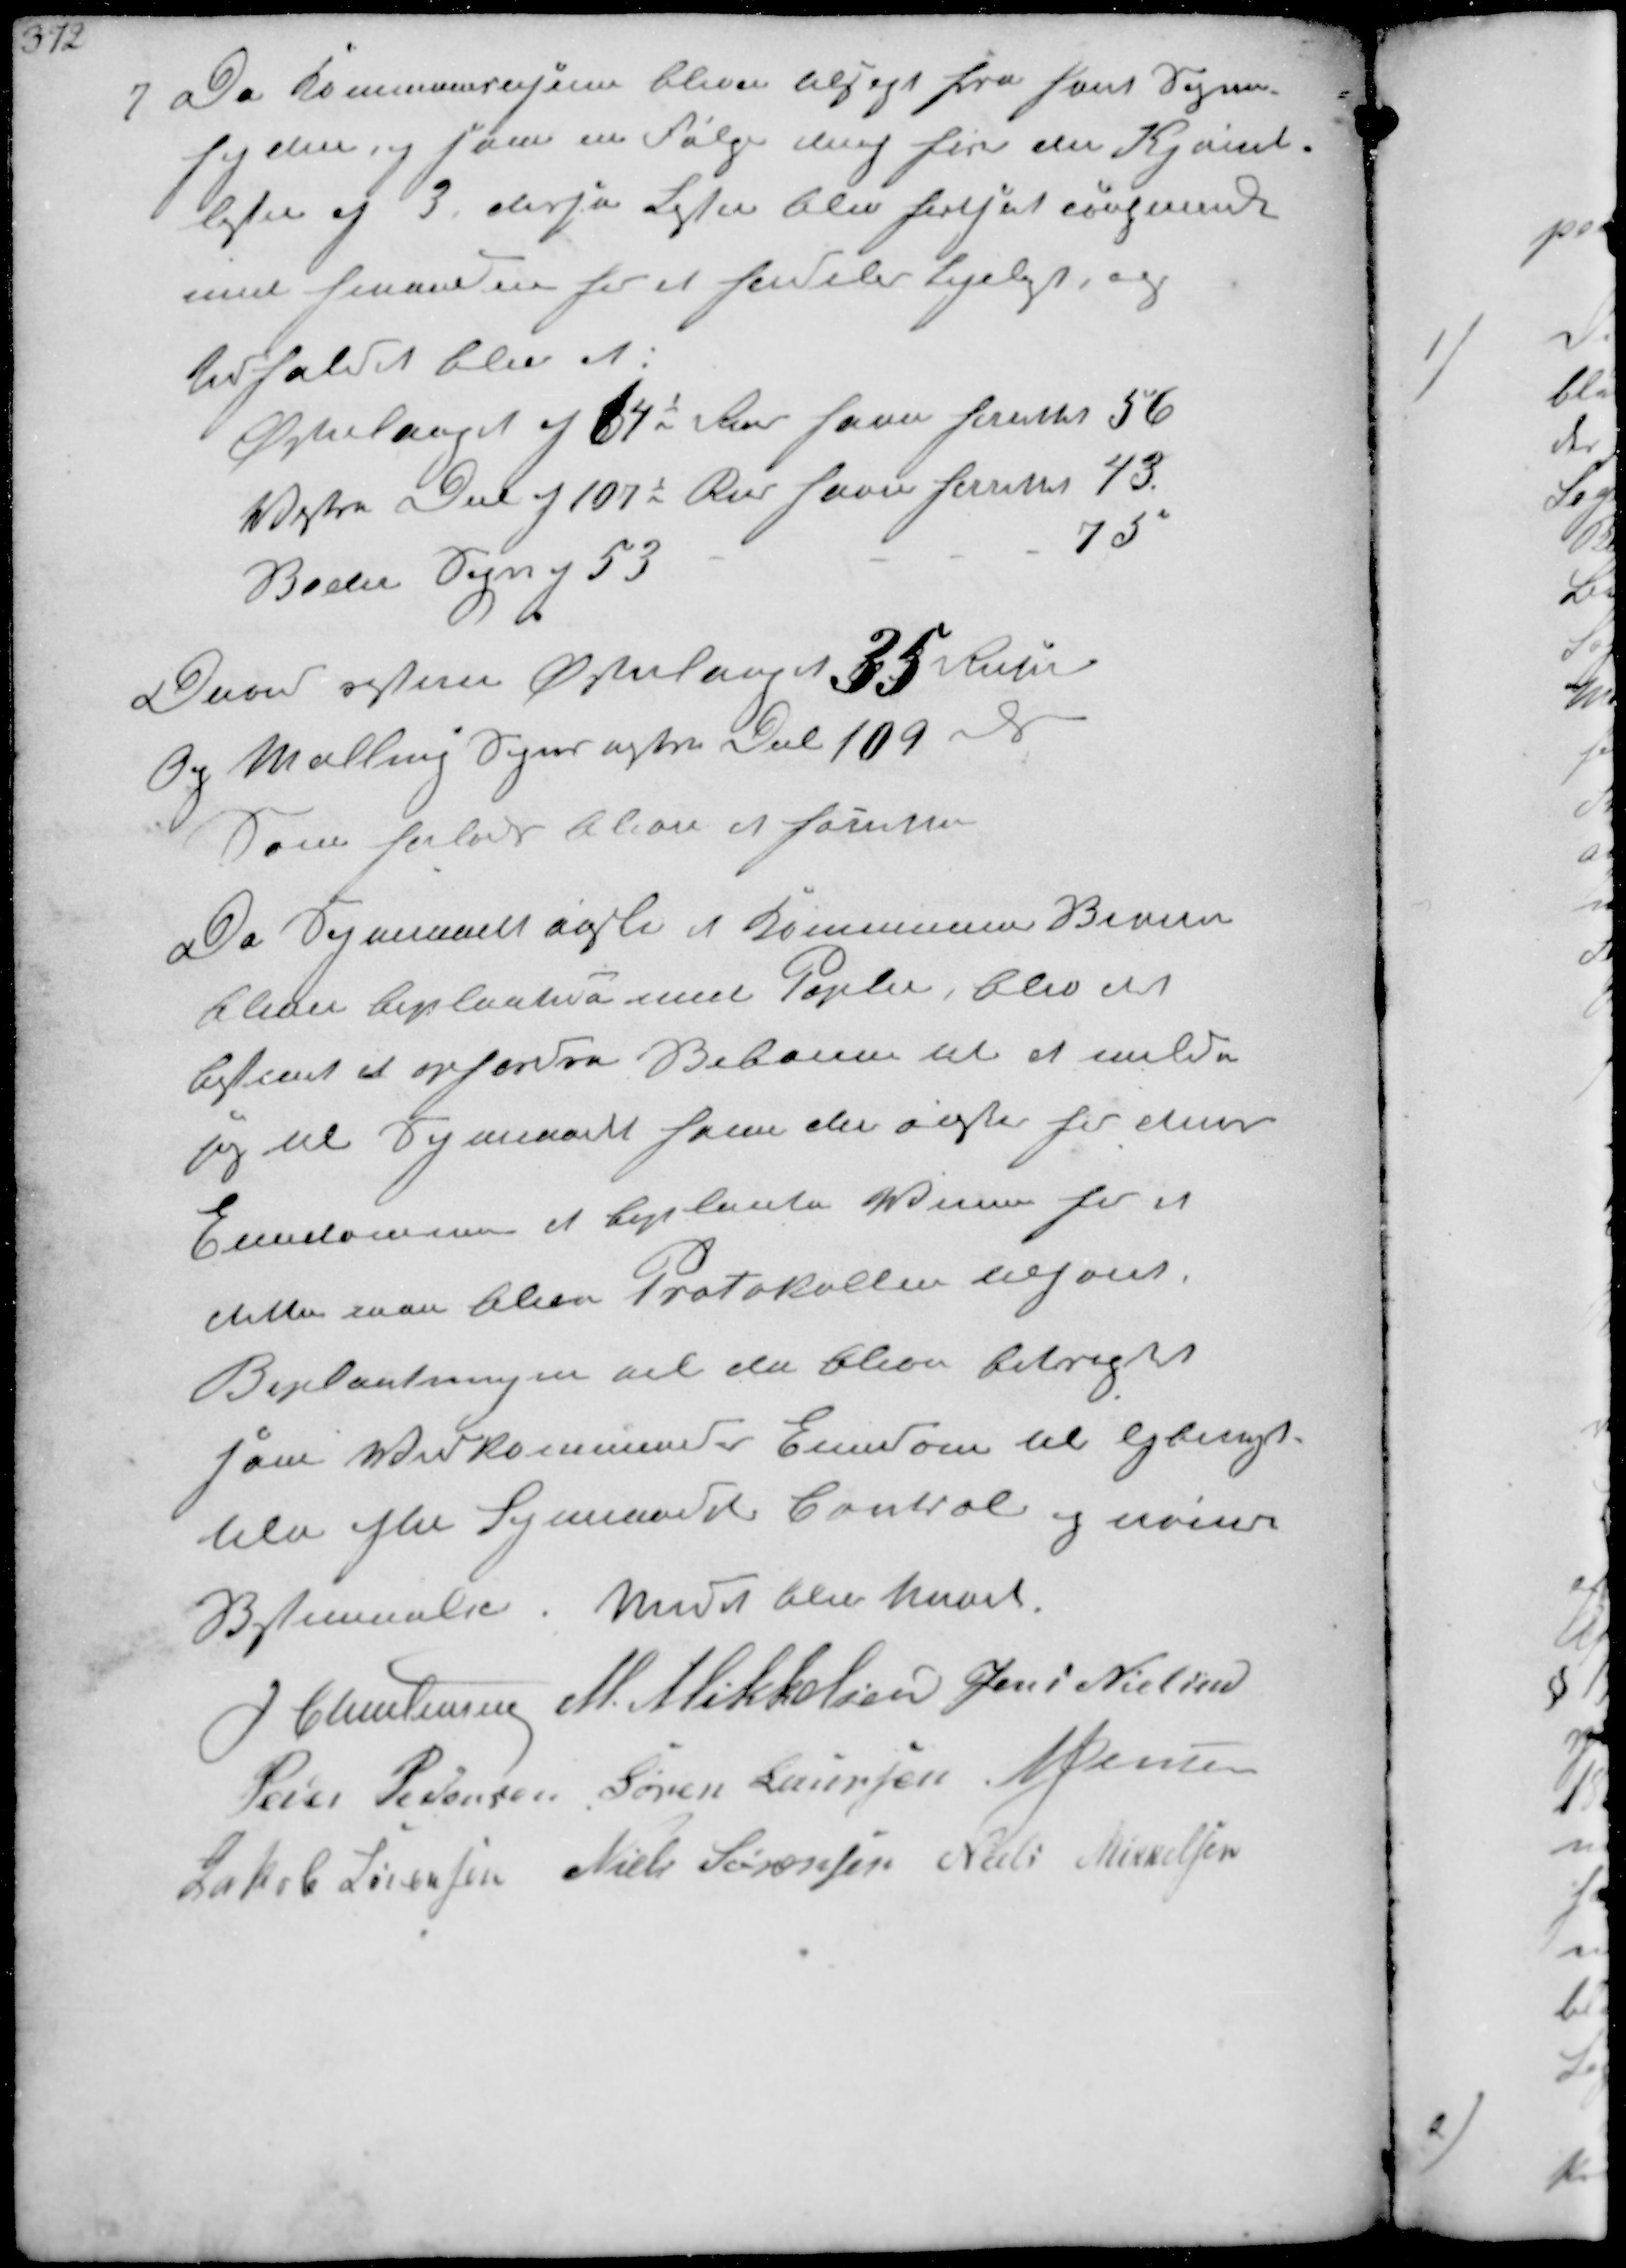
Transskription:
1
Da Kommunerevisoren bliver tilsagt fra hans Sogne-
fogeder og som en Følge deraf fra den Kjørsel-
liste af 3 derfor Listen blev fastsat angaende
med  for at fordeles ligeligt, og
Udfaldet blev at:
Østerlauget af 64½ Rd   56
Vestre Del d 107½ Rd   43
Beder Sogn af 53
75

Derved  Østerlauget 35 Rd
Og Malling Sogns østre Del 109 Rd
Som forlods bliver at  
Da Sogneraadet ønsker at Kommunens Biveie
bliver beplantede med Popler blev er
bestemt at opfordre Beboerne til at melde
sig til Sogneraadet hvem der ønsker for deres
Ejendomme at beplante  for at
dette maa blive Protokollen tilføjet
Beplantningen vil da blive betragtet
som Vedkommendes Ejendom til efterbesig-
telse efter Sogneraad Kontrol og videre
Bestemmelse. Mødet blev hævet
J Christensen M. Mikkelsen Jens Nielsen
Peder Pedersen Søren Laursen N Jensen
Jakob Sørensen Niels Sørensen Niels Mikkelsen